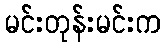
မင်းတုန်းမင်းက